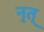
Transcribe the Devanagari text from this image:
नृत्